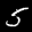
Label: 5